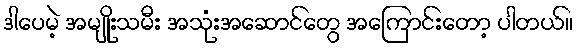
ဒါပေမဲ့ အမျိုးသမီး အသုံးအဆောင်တွေ အကြောင်းတော့ ပါတယ်။